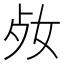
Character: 𡛝